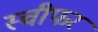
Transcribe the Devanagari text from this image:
स्चीफर